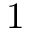
1